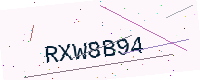
Text: RXW8B94